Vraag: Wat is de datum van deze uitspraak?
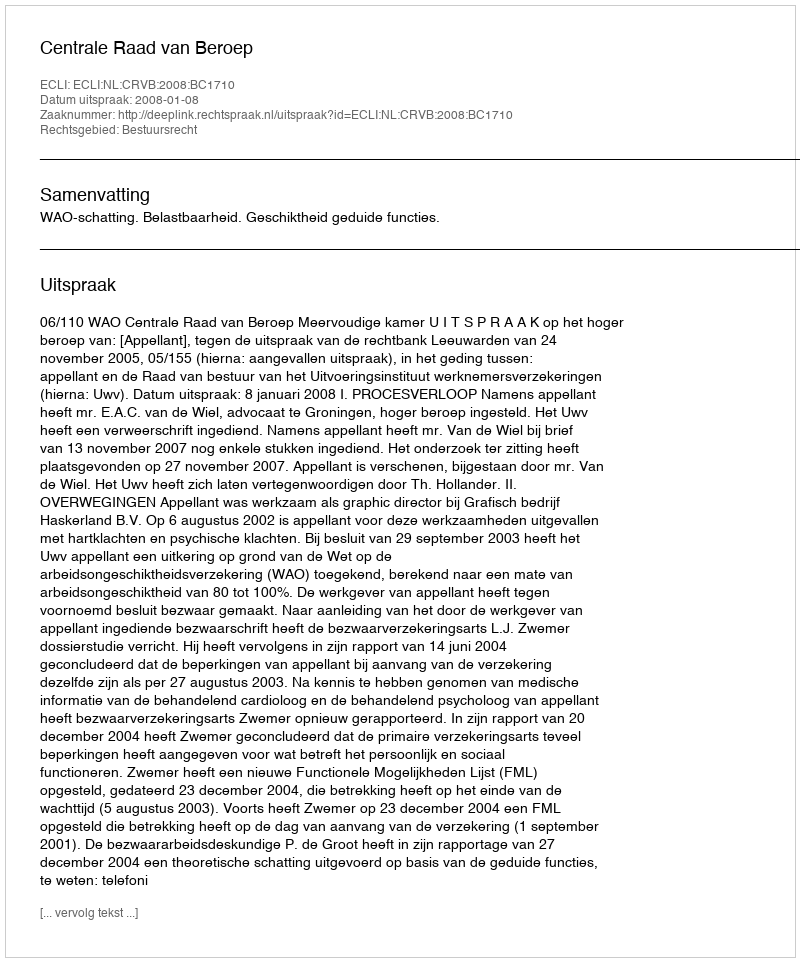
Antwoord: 2008-01-08